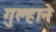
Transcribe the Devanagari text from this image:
गुल्हाने